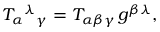
T _ { \alpha } { } ^ { \lambda } { } _ { \gamma } = T _ { \alpha \beta \gamma } \, g ^ { \beta \lambda } ,